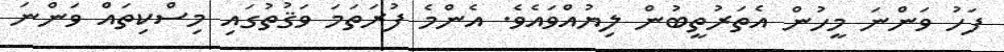
ފަހު ވަންނަ މީހުން އެތަރުތީބުން ލިޔުއްވައެވެ. އެންމެ ފުރަތަމަ ވަޤުތުގައި މިސްކިތައް ވަންނަ